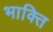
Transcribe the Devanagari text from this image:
भाक्ति